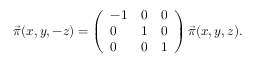
\vec { \pi } ( x , y , - z ) = \left( \begin{array} { l l l } { { - 1 } } & { { 0 } } & { { 0 } } \\ { { 0 } } & { { 1 } } & { { 0 } } \\ { { 0 } } & { { 0 } } & { { 1 } } \end{array} \right) \vec { \pi } ( x , y , z ) .